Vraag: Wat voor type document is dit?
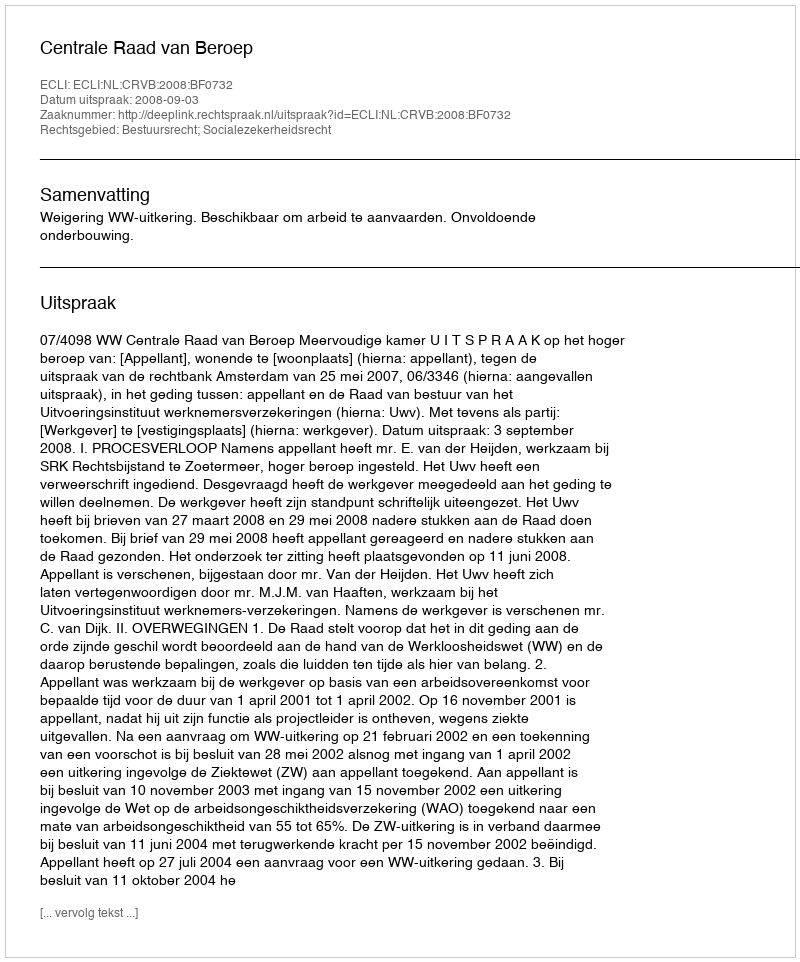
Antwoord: Uitspraak